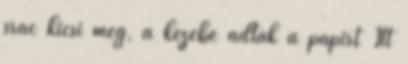
srác kicsi még, a kezébe adták a papírt Itt